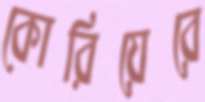
কোরিয়েরে